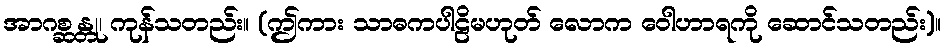
အာဂစ္ဆန္တု၊ ကုန်သတည်း။ (ဤကား သာဓကပါဠိမဟုတ် လောက ဝေါဟာရကို ဆောင်သတည်း)။